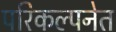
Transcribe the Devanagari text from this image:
परिकल्पनेत